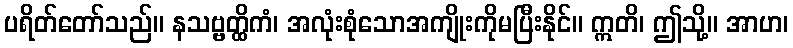
ပရိတ်တော်သည်။ နသဗ္ဗတ္ထိကံ၊ အလုံးစုံသောအကျိုးကိုမပြီးနိုင်။ ဣတိ၊ ဤသို့။ အာဟ၊